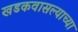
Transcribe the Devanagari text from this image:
खडकवासल्याच्या